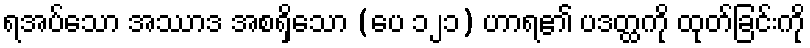
ရအပ်သော အဿာဒ အစရှိသော (ပေ ၁၂၁) ဟာရ၏ ပဒတ္ထကို ထုတ်ခြင်းကို